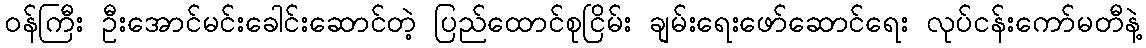
၀န်ကြီး ဦးအောင်မင်းခေါင်းဆောင်တဲ့ ပြည်ထောင်စုငြိမ်း ချမ်းရေးဖော်ဆောင်ရေး လုပ်ငန်းကော်မတီနဲ့